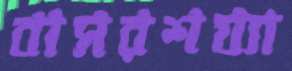
বাসরশয্যা